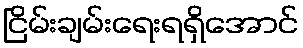
ငြိမ်းချမ်းရေးရရှိအောင်